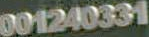
001240331